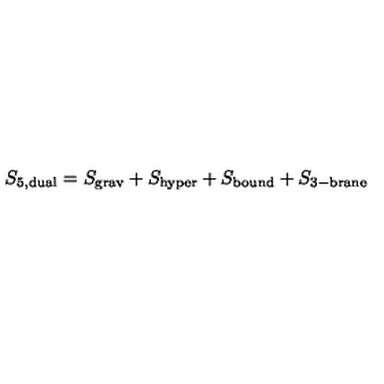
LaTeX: S _ { \mathrm { 5 , d u a l } } = S _ { \mathrm { g r a v } } + S _ { \mathrm { h y p e r } } + S _ { \mathrm { b o u n d } } + S _ { \mathrm { 3 - b r a n e } }